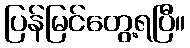
ပြန်မြင်တွေ့ရပြီ။